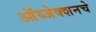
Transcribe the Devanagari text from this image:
ऑब्जेक्शनचे